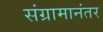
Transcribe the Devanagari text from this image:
संग्रामानंतर